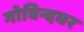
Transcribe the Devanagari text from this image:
गोविन्दघर